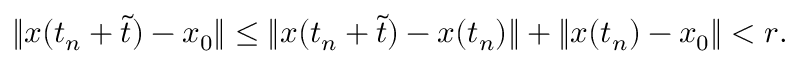
\begin{array} { r } { \| { \boldsymbol x } ( t _ { n } + \tilde { t } ) - { \boldsymbol x } _ { 0 } \| \leq \| { \boldsymbol x } ( t _ { n } + \tilde { t } ) - { \boldsymbol x } ( t _ { n } ) \| + \| { \boldsymbol x } ( t _ { n } ) - { \boldsymbol x } _ { 0 } \| < r . } \end{array}